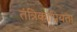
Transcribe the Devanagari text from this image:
तंत्रिकाप्रियता